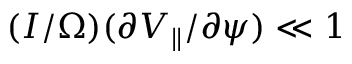
( I / \Omega ) ( \partial V _ { \parallel } / \partial \psi ) \ll 1